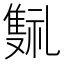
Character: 𬯰